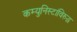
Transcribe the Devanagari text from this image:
कम्युनिस्टांविरुद्ध